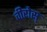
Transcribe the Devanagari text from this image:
वीरोस्